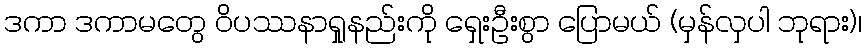
ဒကာ ဒကာမတွေ ဝိပဿနာရှုနည်းကို ရှေးဦးစွာ ပြောမယ် (မှန်လှပါ ဘုရား)၊